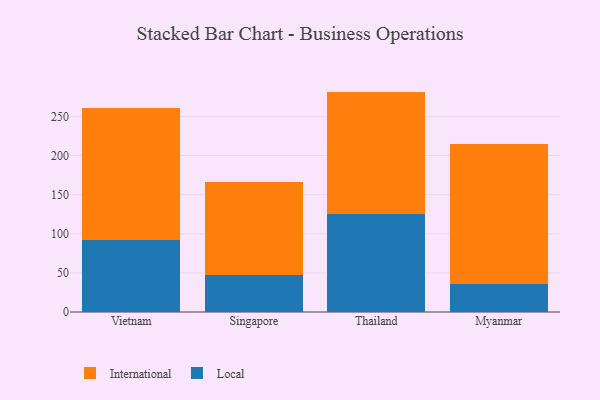
{"axis": {"x": "Country", "y": "Page Views"}, "legend": ["International", "Local"], "data": [{"x": "Vietnam", "y": 91.4, "type": "Local"}, {"x": "Vietnam", "y": 169.2, "type": "International"}, {"x": "Singapore", "y": 47.2, "type": "Local"}, {"x": "Singapore", "y": 118.8, "type": "International"}, {"x": "Thailand", "y": 125.9, "type": "Local"}, {"x": "Thailand", "y": 155.8, "type": "International"}, {"x": "Myanmar", "y": 35.4, "type": "Local"}, {"x": "Myanmar", "y": 179.9, "type": "International"}]}